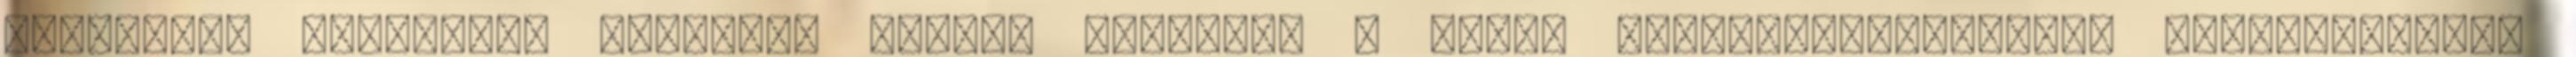
Szentatya küldötte, Fernando Filoni bíboros, a Népek Evangelizációjának Kongregációja